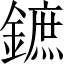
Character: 鏣